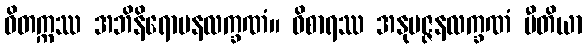
ဝိတက္ကဿ အဘိနိရောပနလက္ခဏံ။ ဝိစာရဿ အနုမဇ္ဇနလက္ခဏံ ပီတိယာ